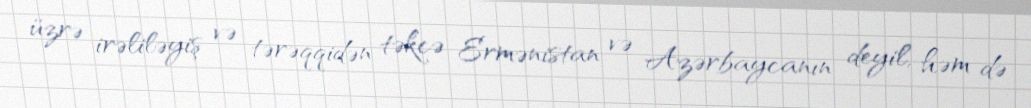
üzrə irəliləyiş və tərəqqidən təkcə Ermənistan və Azərbaycanın deyil, həm də